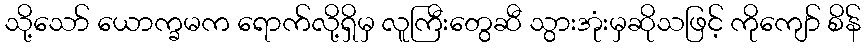
သို့သော် ယောက္ခမက ရောက်လို့ရှိမှ လူကြီးတွေဆီ သွားအုံးမှဆိုသဖြင့် ကိုကျော် စိန်